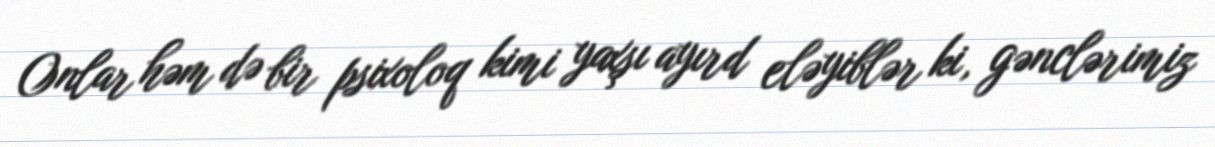
Onlar həm də bir psixoloq kimi yaxşı ayırd eləyiblər ki, gənclərimiz